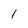
Character: 1